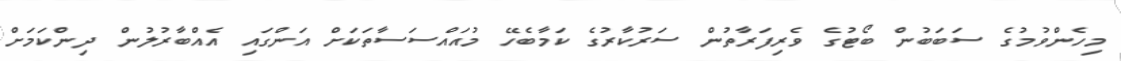
މިހެންވުމުގެ ސަބަބުން ބޯޓުގެ ވެރިފަރާތުން ސަރުކާރުގެ ކަމާބެހޭ މުއައްސަސާތަކަށް އަންގައި އެއްބާރުލުން ދިންކަމަށް